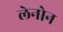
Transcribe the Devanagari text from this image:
लेनोन